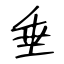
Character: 垂